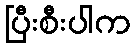
ပြီးစီးပါက